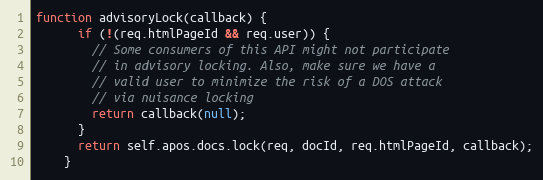
Language: JavaScript
function advisoryLock(callback) {
      if (!(req.htmlPageId && req.user)) {
        // Some consumers of this API might not participate
        // in advisory locking. Also, make sure we have a
        // valid user to minimize the risk of a DOS attack
        // via nuisance locking
        return callback(null);
      }
      return self.apos.docs.lock(req, docId, req.htmlPageId, callback);
    }